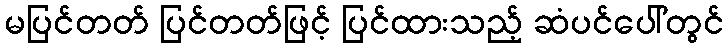
မပြင်တတ် ပြင်တတ်ဖြင့် ပြင်ထားသည့် ဆံပင်ပေါ်တွင်